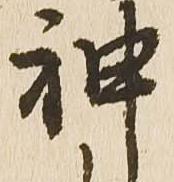
神